Burma Government Medical School reports 1923-41
Year: 1923
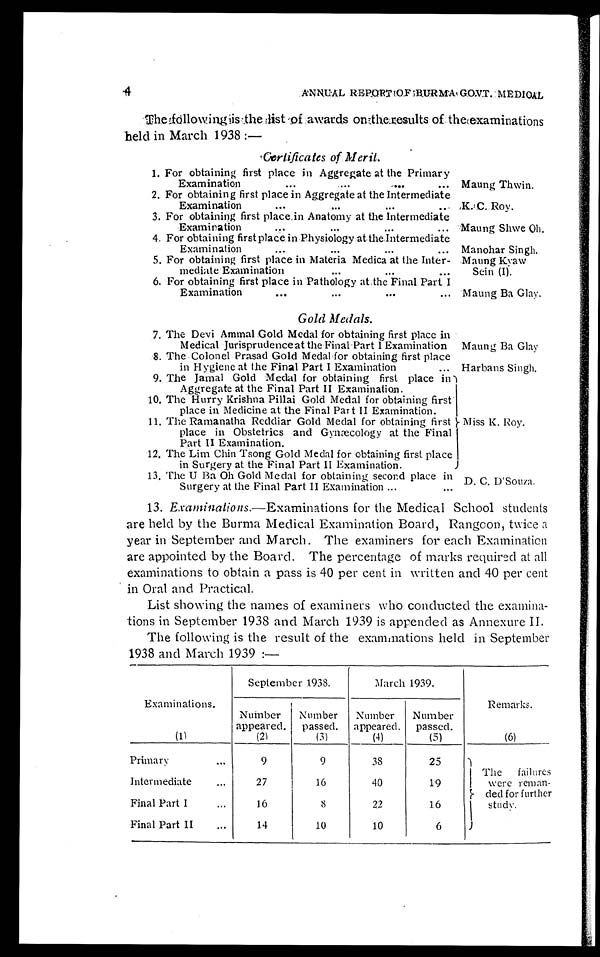
4
ANNUAL REPORT OF BURMA GOVT. MEDICAL
The following is the list of awards on the results of the examinations
held in March 1938 :—
Certificates of Merit.
1. For obtaining first place in Aggregate at the Primary
Examination . . . Maung Thwin.
2. For obtaining first place in Aggregate at the Intermediate
Examination . . . K.C. Roy.
3. For obtaining first placein Anatomy at the Intermediate
Examination . . . Maung Shwe Oh.
4. For obtaining first place in Physiology at the Intermediate
Examination . . . Manohar Singh.
5. For obtaining first place in Materia Medica at the Inter-
m e d i a t e E x a m i n a t i o n . . .
Maung Kyaw
Sein (I).
6. For obtaining first place in Pathology at the Final Part I
Examination . . . Maung Ba Glay.
Gold Medals.
7. The Devi Ammal Gold Medal for obtaining first place in
Medical Jurisprudence at the Final Part I Examination Maung Ba Glay
8. The Colonel Prasad Gold Medal for obtaining first place
in Hygiene at the Final Part I Examination . . . Harbans Singh.
9. The Jamal Gold Medal for obtaining first place in
Aggregate at the Final Part II Examination.
Miss K. Roy.
10. The Hurry Krishna Pillai Gold Medal for obtaining first
place in Medicine at the Final Part II Examination.
11. The Ramanatha Reddiar Gold Medal for obtaining first
place in Obstetrics and Gynæcology at the Final
Part II Examination.
12. The Lim Chin Tsong Gold Medal for obtaining first place
in Surgery at the Final Part II Examination.
13. The U Ba Oh Gold Medal for obtaining second place in
Surgery at the Final Part II Examination . . . D. C. D'Souza.
13. Examinations .—Examinations for the Medical School students
are held by the Burma Medical Examination Board, Rangoon, twice a
year in September and March. The examiners for each Examination
are appointed by the Board. The percentage of marks required at all
examinations to obtain a pass is 40 per cent in written and 40 per cent
in Oral and Practical.
List showing the names of examiners who conducted the examina
-tions in September 1938 and March 1939 is appended as Annexure II.
The following is the result of the examinations held in September
1938 and March 1939 :—
Examinations.
September 1938.
March 1939.
Remarks.
Number
appeared.
Number
passed.
Number
appeared.
Number
passed.
( 1 )
( 2 )
( 3 )
(4)
(5)
(6)
Primary . . .
9
9
38
25
The failures
were
reman-ded for further study.
Intermediate . . .
27
16
40
19
Final Part I . . .
16
8
22
16
Final Part II . . .
14
10
10
6